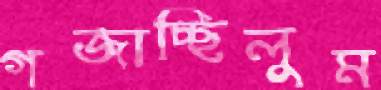
গজাচ্ছিলুম